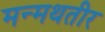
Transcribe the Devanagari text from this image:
मन्मथतीर